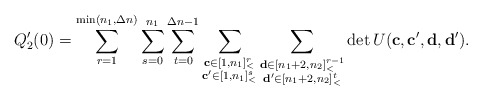
\begin{align*}Q'_2(0)=\sum\limits_{r=1}^{\min(n_1,\Delta n)}\sum\limits_{s=0}^{n_1}\sum\limits_{t=0}^{\Delta n-1}\sum\limits_{\substack{\mathbf{c}\in [1,n_1]_<^r\\\mathbf{c'}\in [1,n_1]_<^s}}\sum\limits_{\substack{\mathbf{d}\in [n_1+2,n_2]_<^{r-1}\\\mathbf{d'}\in [n_1+2,n_2]_<^t}}\det U(\mathbf{c},\mathbf{c'},\mathbf{d},\mathbf{d'}).\end{align*}